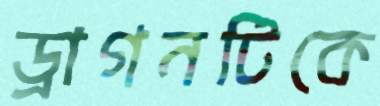
ড্রাগনটিকে